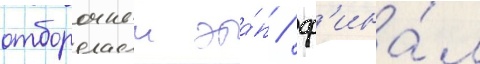
отборочныи эта́п / ф'ина́л